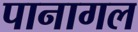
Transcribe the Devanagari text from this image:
पानागल